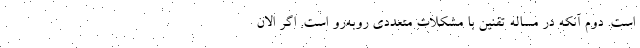
است. دوم آنکه در مساله تقنین با مشکلات متعددی روبه‌رو است. اگر الان